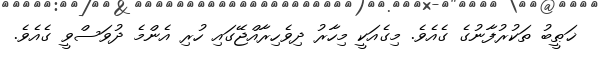
ޚަޠީބު ތަކުރުފާނުގެ ގެއެވެ. މިގެއަކީ މިހާރު ދިވެހިރާއްޖޭގައި ހުރި އެންމެ ދުވަސްވީ ގެއެވެ.